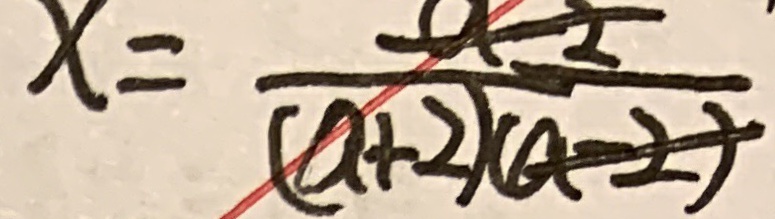
x = ( a + 2 ) 3